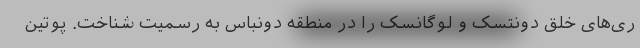
ری‌های خلق دونتسک و لوگانسک را در منطقه دونباس به رسمیت شناخت. پوتین